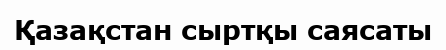
Қазақстан сыртқы саясаты